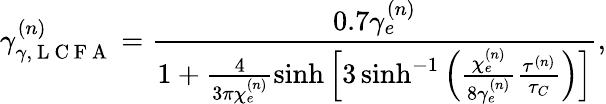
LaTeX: \gamma_{\gamma,\mathrm{~L~C~F~A~}}^{(n)}=\frac{0.7\gamma_{e}^{(n)}}{1+\frac{4}{3\pi\chi_{e}^{(n)}}\sinh\left[3\sinh^{-1}\left(\frac{\chi_{e}^{(n)}}{8\gamma_{e}^{(n)}}\frac{\tau^{(n)}}{\tau_{C}}\right)\right]},